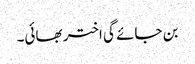
بن جائے گی اختر بھائی۔